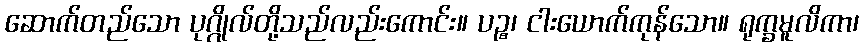
ဆောက်တည်သော ပုဂ္ဂိုလ်တို့သည်လည်းကောင်း။ ပဉ္စ၊ ငါးယောက်ကုန်သော။ ရုက္ခမူလိကာ၊